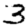
Digit: 3